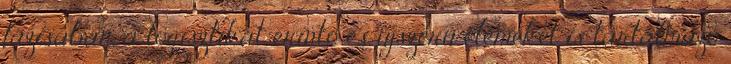
fázisában, a logisztikát érintő és újszerű elemeket is tartalmazó